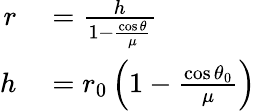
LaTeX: \begin{array}{rl}{r}&{{}={\frac{h}{1-{\frac{\cos{\theta}}{\mu}}}}}\\ {h}&{{}=r_{0}\left(1-{\frac{\cos{\theta_{0}}}{\mu}}\right)}\end{array}